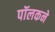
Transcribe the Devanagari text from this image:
पॉलकने